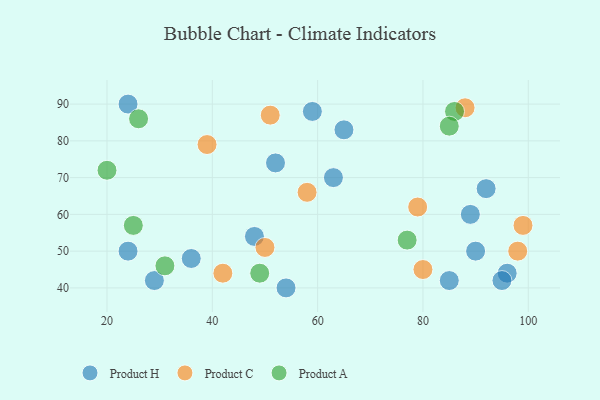
{"axis": {"x": "GDP", "y": "Life Expectancy"}, "legend": ["Product A", "Product C", "Product H"], "data": [{"x": "96", "y": 44, "type": "Product H"}, {"x": "54", "y": 40, "type": "Product H"}, {"x": "85", "y": 42, "type": "Product H"}, {"x": "59", "y": 88, "type": "Product H"}, {"x": "36", "y": 48, "type": "Product H"}, {"x": "29", "y": 42, "type": "Product H"}, {"x": "24", "y": 90, "type": "Product H"}, {"x": "63", "y": 70, "type": "Product H"}, {"x": "90", "y": 50, "type": "Product H"}, {"x": "95", "y": 42, "type": "Product H"}, {"x": "52", "y": 74, "type": "Product H"}, {"x": "48", "y": 54, "type": "Product H"}, {"x": "89", "y": 60, "type": "Product H"}, {"x": "24", "y": 50, "type": "Product H"}, {"x": "65", "y": 83, "type": "Product H"}, {"x": "92", "y": 67, "type": "Product H"}, {"x": "79", "y": 62, "type": "Product C"}, {"x": "99", "y": 57, "type": "Product C"}, {"x": "42", "y": 44, "type": "Product C"}, {"x": "58", "y": 66, "type": "Product C"}, {"x": "50", "y": 51, "type": "Product C"}, {"x": "88", "y": 89, "type": "Product C"}, {"x": "98", "y": 50, "type": "Product C"}, {"x": "51", "y": 87, "type": "Product C"}, {"x": "39", "y": 79, "type": "Product C"}, {"x": "80", "y": 45, "type": "Product C"}, {"x": "86", "y": 88, "type": "Product A"}, {"x": "20", "y": 72, "type": "Product A"}, {"x": "49", "y": 44, "type": "Product A"}, {"x": "31", "y": 46, "type": "Product A"}, {"x": "85", "y": 84, "type": "Product A"}, {"x": "25", "y": 57, "type": "Product A"}, {"x": "77", "y": 53, "type": "Product A"}, {"x": "26", "y": 86, "type": "Product A"}]}